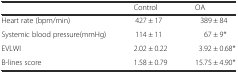
<table><thead><tr><td></td><td><b>Control</b></td><td><b>OA</b></td></tr></thead><tbody><tr><td>Heart rate (bpm/min)</td><td>427 ± 17</td><td>389 ± 84</td></tr><tr><td>Systemic blood pressure(mmHg)</td><td>114 ± 11</td><td>67 ± 9*</td></tr><tr><td>EVLWI</td><td>2.02 ± 0.22</td><td>3.92 ± 0.68*</td></tr><tr><td>B-lines score</td><td>1.58 ± 0.79</td><td>15.75 ± 4.90*</td></tr></tbody></table>